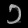
Digit: ၁